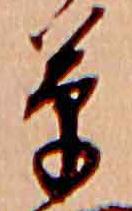
草